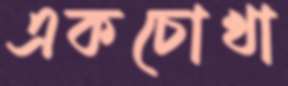
একচোখা